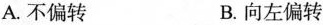
A.不偏转 B.向左偏转